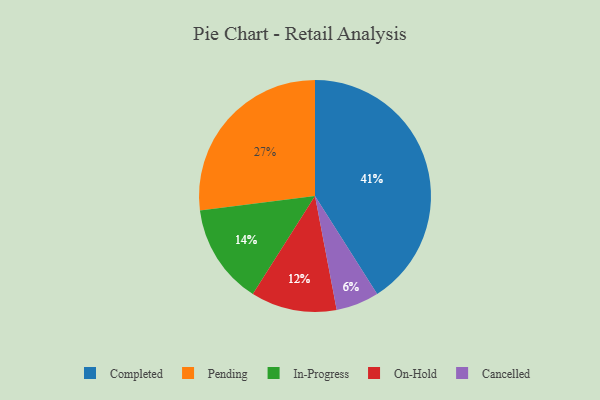
{"axis": {"x": "Category", "y": "Percentage"}, "legend": ["Cancelled", "Completed", "In-Progress", "On-Hold", "Pending"], "data": [{"x": "Pending", "y": 27, "type": "Pending"}, {"x": "In-Progress", "y": 14, "type": "In-Progress"}, {"x": "On-Hold", "y": 12, "type": "On-Hold"}, {"x": "Completed", "y": 41, "type": "Completed"}, {"x": "Cancelled", "y": 6, "type": "Cancelled"}]}